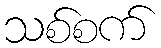
သစ်စက်